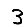
Digit: 3